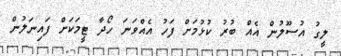
ލީގު އުސޫލުން އެއް ބުރު ކުޅުމަށް ފަހު އެއްވަނަ ހޯދާ ޓީމަކަށް ފައިނަލުން